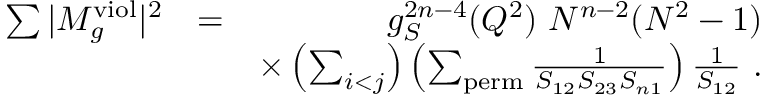
\begin{array} { r l r } { \sum \vert M _ { g } ^ { \mathrm { v i o l } } \vert ^ { 2 } } & { = } & { g _ { S } ^ { 2 n - 4 } ( Q ^ { 2 } ) ~ N ^ { n - 2 } ( N ^ { 2 } - 1 ) } \\ & { } & { \times \left( \sum _ { i < j } \right) \left( \sum _ { \mathrm { p e r m } } \frac { 1 } { S _ { 1 2 } S _ { 2 3 } S _ { n 1 } } \right) \frac { 1 } { S _ { 1 2 } } ~ . } \end{array}